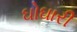
ઘોઘારી